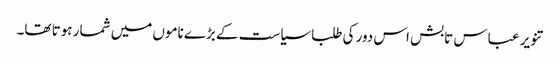
تنویر عباس تابش اس دور کی طلبا سیاست کے بڑے ناموں میں شمار ہوتا تھا۔